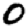
Digit: 0